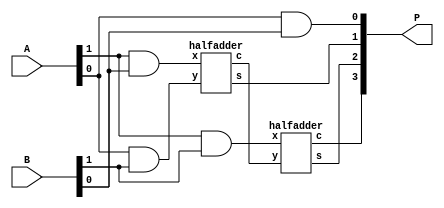
module multiplier(A, B, P);
input [1:0]A;
input [1:0]B;
output [3:0]P;
wire [3:0]X;

assign P[0] = A[0] & B[0];
assign X[0] = A[1] & B[0];
assign X[1] = A[0] & B[1];
assign X[2] = A[1] & B[1];
halfadder h1(X[0], X[1], P[1], X[3]);
halfadder h2(X[2], X[3], P[2], P[3]);

endmodule


module halfadder(x, y, s, c);
input x, y;
output reg s, c;
always@(x, y)
begin
        s = x ^ y;
        c = x & y;
end
endmodule